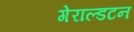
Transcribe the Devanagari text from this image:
गेराल्डटन